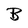
Character: B